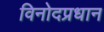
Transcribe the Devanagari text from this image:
विनोदप्रधान